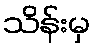
သိန်းမှ